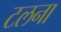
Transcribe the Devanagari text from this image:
टलना